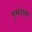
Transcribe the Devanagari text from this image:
पुसदच्या